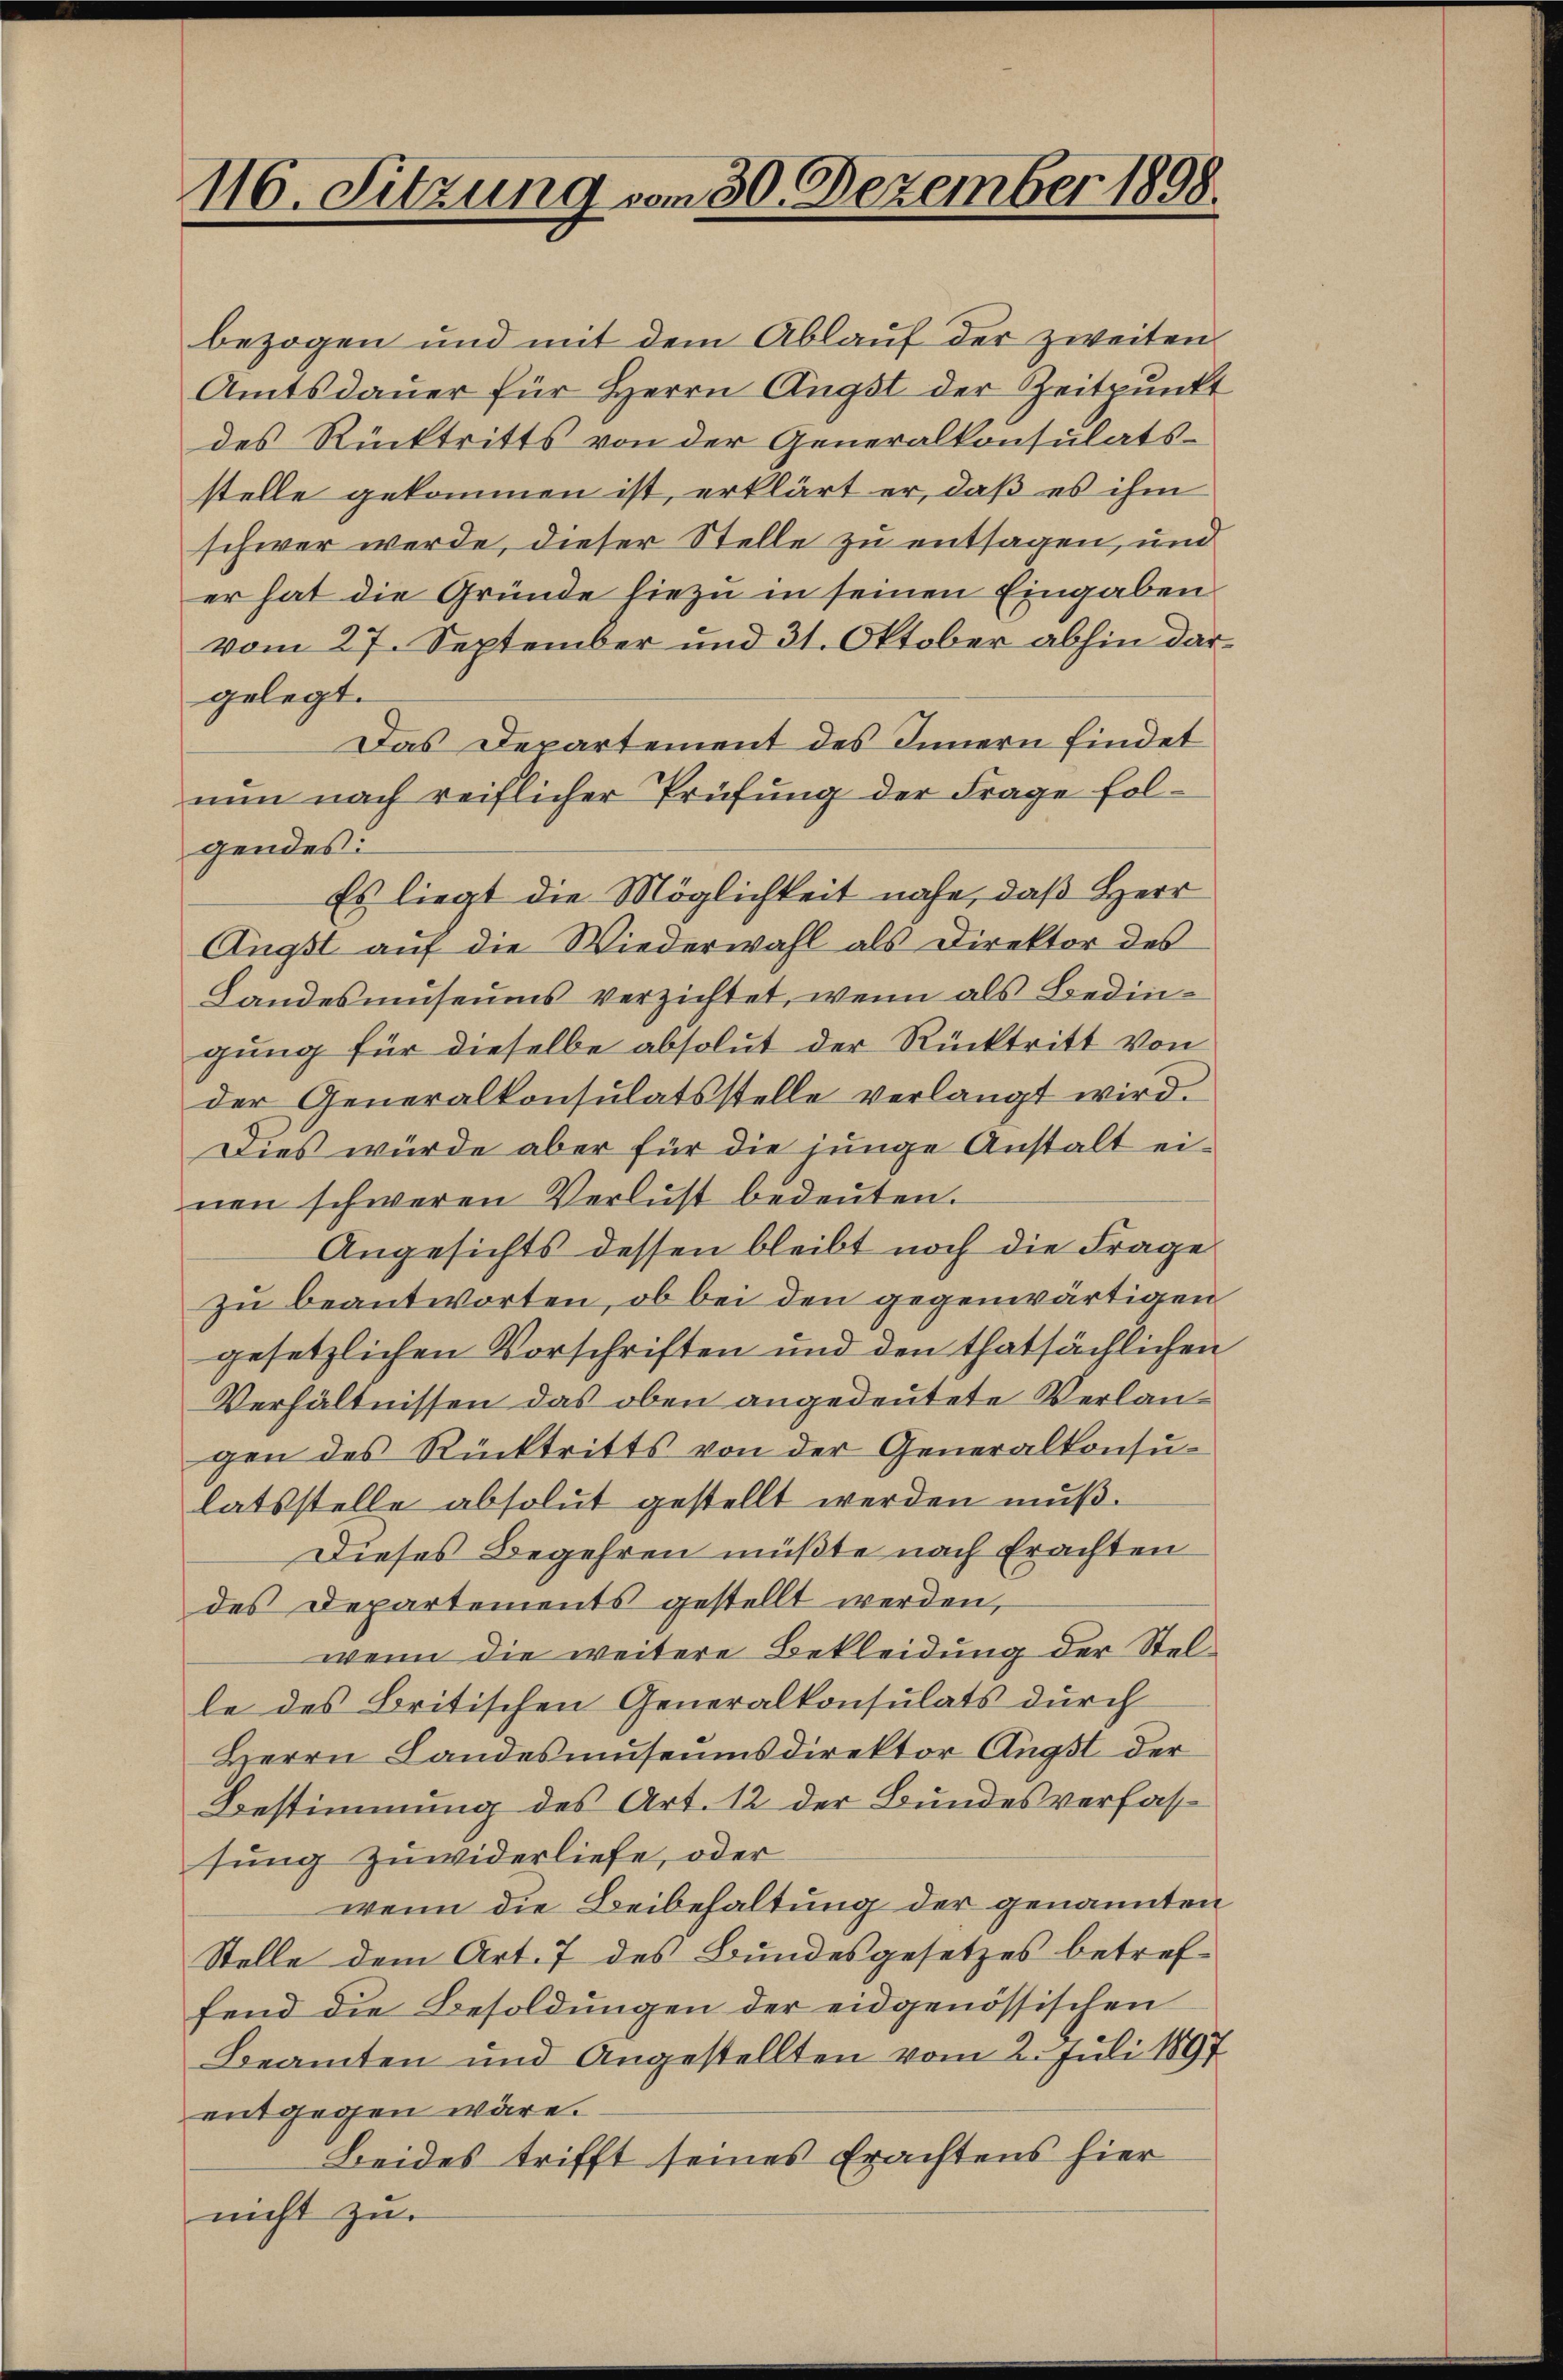
116. Sitzung vom 30. Dezember 1898.

bezogen und mit dem Ablauf der zweiten
Amtsdaŭer für Herrn Angst der Zeitpunkt
des Rücktritts von der Generalkonsulats-
stelle gekommen ist, erklärt er, daß es ihm
schwer werde, dieser Stelle zu entsagen, und
er hat die Gründe hiezu in seinen Eingaben
vom 27. September und 31. Oktober abhin dargelegt.
Das Departement des Innern findet
nun nach reiflicher Prüfung der Frage folgendes:
Es liegt die Möglichkeit nahe, daß Herr
Ängst auf die Wiederwahl als Direktor des
Landesmuseums verzichtet, wenn als Bedingung für dieselbe absolut der Rücktritt von
der Generalkonsulatsstelle verlangt wird.
Dies würde aber für die junge Anstalt einen schweren Verlust bedeŭten.
Angesichts dessen bleibt noch die Frage
zu beantworten, ob bei den gegenwärtigen
gesetzlichen Vorschriften und den thatsächlichen
Verhältnissen das oben angedeutete Verlangen des Rücktritts von der Generalkonsu-
latsstelle absolut gestellt werden muß.
Dieses Begehren müßte nach Erachten
des Departements gestellt werden,
wenn die weitere Bekleidung der Stelle des Britischen Generalkonsulats durch
Herrn Landesmuseumsdirektor Augst der
Bestimmung des Art. 12 der Bundesverfass
sung zuwiderliefe, oder
wenn die Beibehaltung der genannten
Stelle dem Art. 7 des Bundesgesetzes betreffend die Besoldungen der eidgenössischen
Beamten und Angestellten vom 2. Juli 1897
entgegen wäre.
Beides trifft seines Erachtens hier
nicht zu.